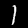
Label: 1